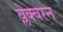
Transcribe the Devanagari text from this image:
ब्लेक्बरन